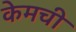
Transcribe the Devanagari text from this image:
केमची